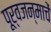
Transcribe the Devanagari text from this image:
पूर्वजन्माचें